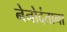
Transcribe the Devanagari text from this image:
नेनोदंताना